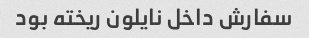
سفارش داخل نایلون ریخته بود